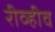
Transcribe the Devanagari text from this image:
रीव्हीव